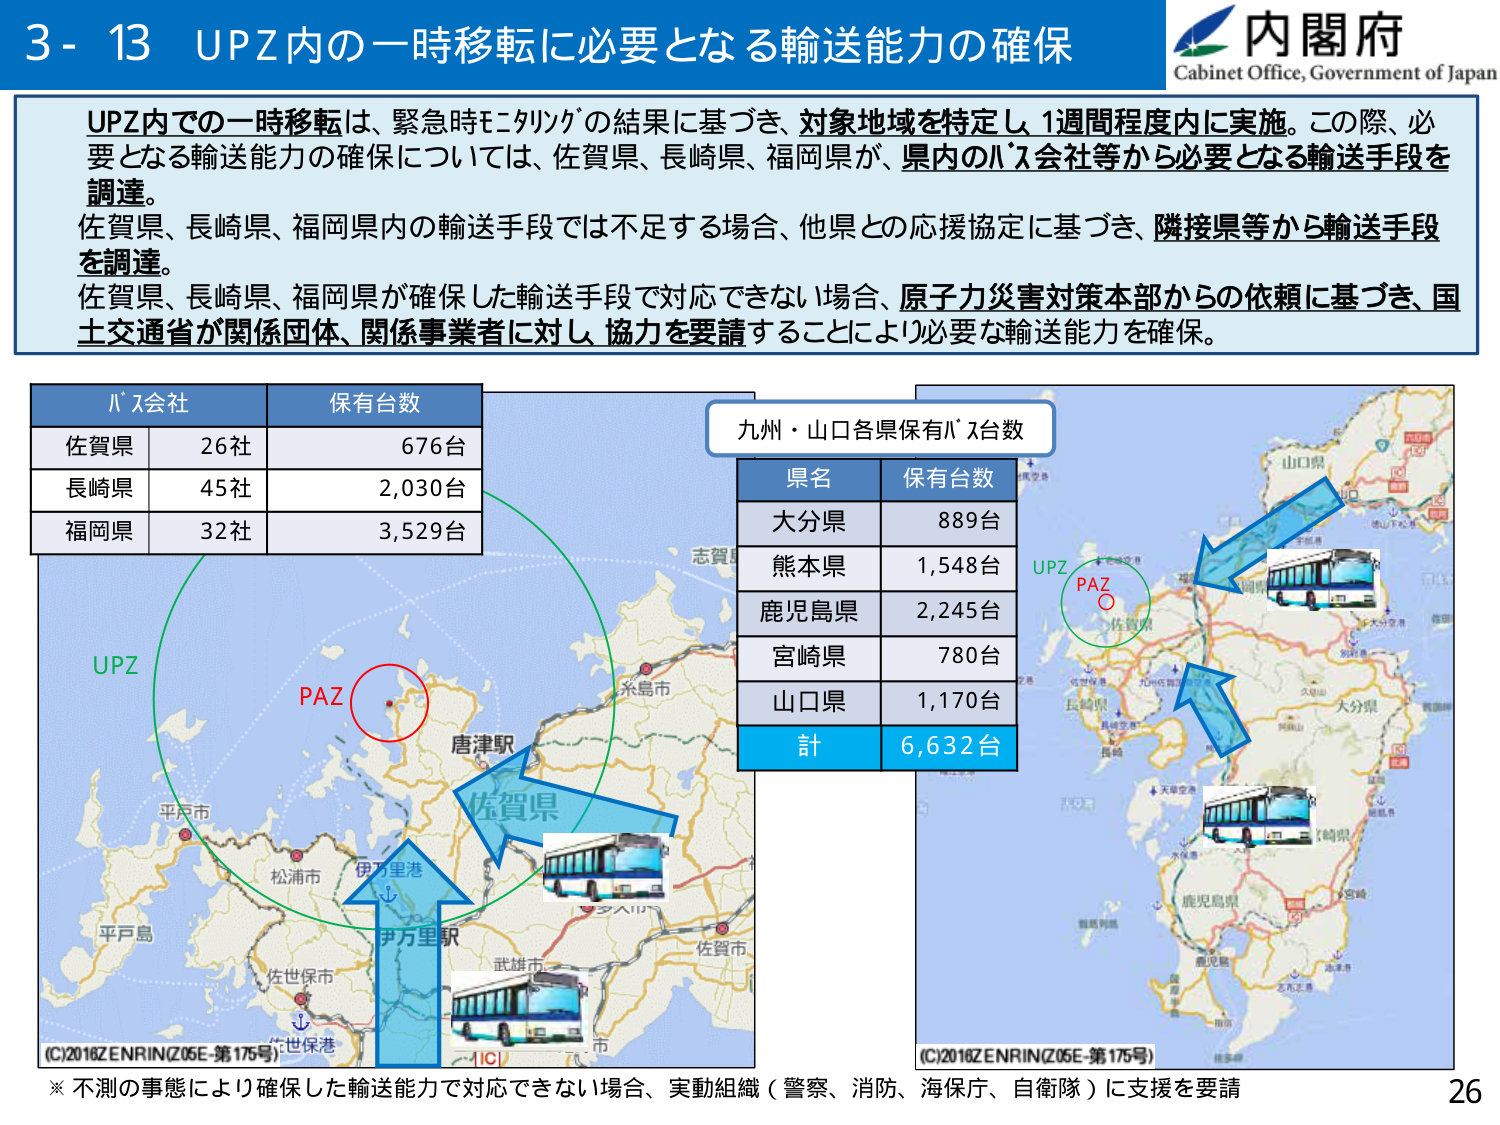
3 - 13 UPZ内の一時移転に必要となる輸送能力の確保
内閣府
Cabinet Office, Government of Japan

UPZ内での一時移転は、緊急時にリングの結果に基づき、対象地域を特定し、1週間程度内に実施。この際、必要となる輸送能力の確保については、佐賀県、長崎県、福岡県が、県内のバス会社等から必要となる輸送手段を調達。
佐賀県、長崎県、福岡県内の輸送手段では不足する場合、他県との応援協定に基づき、隣接県等から輸送手段を調達。
佐賀県、長崎県、福岡県が確保した輸送手段で対応できない場合、原子力災害対策本部からの依頼に基づき、国土交通省が関係団体、関係事業者に対し、協力を要請することにより必要な輸送能力を確保。

バス会社　保有台数
佐賀県　26社　676台
長崎県　45社　2,030台
福岡県　32社　3,529台

九州・山口各県保有バス台数
県名　保有台数
大分県　889台
熊本県　1,548台
鹿児島県　2,245台
宮崎県　780台
山口県　1,170台
計　6,632台

UPZ
PAZ
佐賀県
唐津駅
伊万里港
伊万里駅
武雄市
佐賀市
平戸市
松浦市
佐世保市
佐世保港
志賀島
糸島市
大分県
熊本県
鹿児島県
宮崎県
山口県
（C）2018 ZENRIN（Z05E-第175号）
（C）2018 ZENRIN（Z05E-第175号）

※ 不測の事態により確保した輸送能力で対応できない場合、実動組織（警察、消防、海保庁、自衛隊）に支援を要請
26